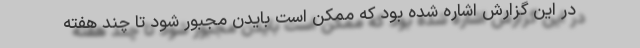
در این گزارش اشاره شده بود که ممکن است بایدن مجبور شود تا چند هفته